Cholera in India, 1862 to 1881
Year: 1862
Disease focus: Cholera
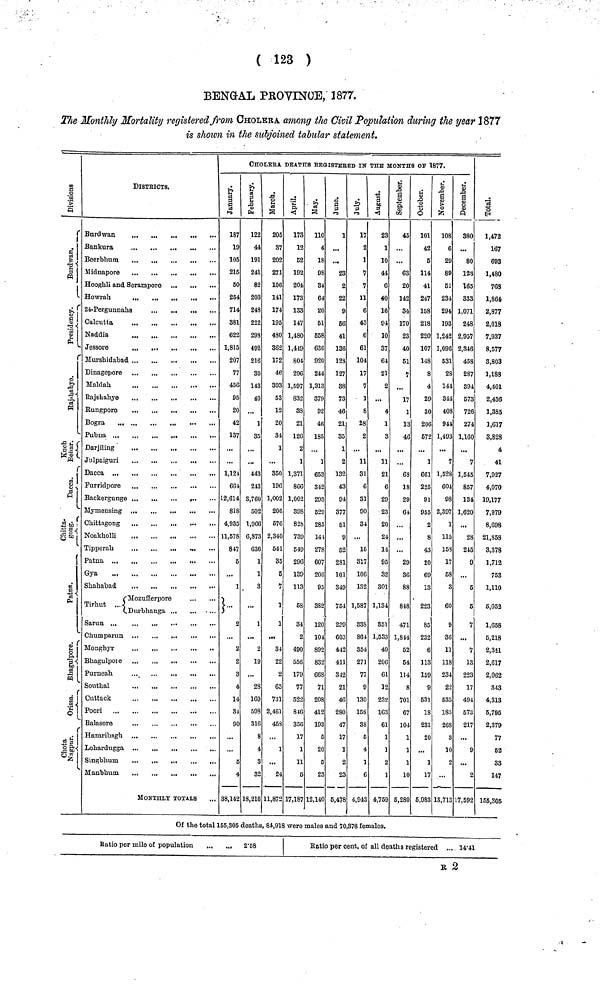
( 123 )
BENGAL PROVINCE, 1877.
The Monthly Mortality registered from CHOLERA among the Civil Population during the year 1877
is shown in the subjoined tabular statement.
Division
Burdwan
Presidency[
Rajshahye
Kuch Behar
Dacca
Chittagung
Patna
Bhagulpore
Orissa
Chota Nagpur
DlSTRICTS.
Beerbhum
...
...
Hooghli and Seramporo
24-Pergunnahs
,.
Calcutta
Maldah
Rungpore
Furridpore
Gya
Mozufferpore
Tirhut
Durbhanga
Chumparun
Monghyr
Bhagulpore
Purneah
Sonthal
Poori
Balasore
Hazaribagh
Manbhum
MONTHLY TOTALS
CHOLERA DEATHS REGISTERED IN THE MONTHS OF 1877.
January
187
19
105
215
50
254
714
381
622
1,815
207
77
450
95
20
42
137
1,124
661
12,614
818
4,935
11,578
847
5
1
.
c
2
2
3
4
14
31
90
4
38,14
February
122
44
191
241
82
203
248
222
298
492
216
30
143
40
1
35
443
243
3,760
502
1,966
6,873
636
1
1
3
...
1
2
19
28
169
598
316
8
3
32
18,216
March
205
37
202
271
106
141
174
195
480
362
172
46
303
63
12
20
34
1
360
196
1,002
206
576
2,340
541
85
5
7
1
1
34
22
2
65
731
2,461
45S
...
1
...
24
11,87
April
173
12
62
192
204
173
133
147
1,480
1,419
804
296
1,597
832
88
21
126
2
1
1,371
8G6
1,002
398
828
739
649
296
139
113
5S
34
2
490
556
179
77
622
816
356
17
1
11
5
17,187
May
no
4
18
98
31
64
20
61
658
636
920
244
1,313
379
92
46
185
...
1
653
342
293
529
285
141
278
607
206
95
3S2
120
101
892
832
668
71
208
412
193
5
20
5
23
12,140
June
1
23
2
22
9
56
41
136
12S
127
88
73
46
21
85
1
2
132
43
94
377
51
9
62
281
101
349
754
239
603
442
411
312
21
46
280
47
17
1
2
23
6,478
July
17
2
1
7
7
11
6
43
6
61
104
17
7
1
8
28
2
11
31
6
31
90
34
...
16
317
106
132
1,587
33S
864
354
271
77
9
130
158
3S
5
4
1
6
4,943
August
23
1
10
44
6
40
16
94
10
37
61
21
2
...
4
1
3
11
21
6
29
23
20
24
14
95
32
301
1,134
851
1,533
49
206
61
12
232
163
61
1
1
2
4,769
September
45
...
63
20
142
34
170
23
40
61
7
...
17
1
13
46
...
68
18
29
64
...
...
29
36
88
848
471
1,844
52
54
114
8
701
67
104
1
1
1
10
5,280
Octomber
101
42
5
114
41
247
158
218
220
107
148
8
4
29
30
206
572
1
661
225
91
955
(
8
43
20
69
13
223
85
232
6
113
159
9
531
18
231
2
...
1
1
5,983
November
108
6
29
89
61
234
294
193
1,242
1,096
631
28
141
344
408
941
1,493
7
1,528
604
98
2,397
1
115
158
17
58
3
60
9
36
11
118
234
2
535
18
26
1
13,71
December
380
80
123
165
833
1,071
24S
2,957
2,346
458
287
394
673
726
274
1,160
7
1,545
857
134
1,620
28
245
9
...
5
5
7
7
13
223
17
494
573
217
...
9
...
2
17,592
Total
1,472
167
693
1,480
768
1,864
2,877
2,018
7,937
8,577
3,803
1,183
4,401
2,436
1,385
1,617
3,828
4
41
7,927
4,070
19,177
7,979
8,698
21,853
3,378
1,712
753
1,110
5,052
1,658
5,218
2,311
2,617
2,062
343
4,313
5,795
2,379
77
63
33
147
155,305
Of the total 155,305 deaths, 84,918 were males and 70,378 females.
Ratio per mile of population
2·58
Ratio per cent. of all deaths registered ... 14·41
R 2